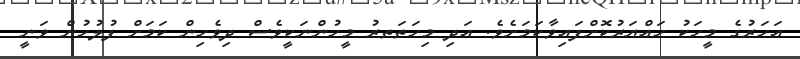
އަހަރުގެ މީހަކު ހައްޔަރުކޮށްފައިވާކަމަށެވެ. އަދި މިހަތަތރު މީހުންނަކީވެސް ދިވެހިން ކަމަށް ފުލުހުން ވަނީ